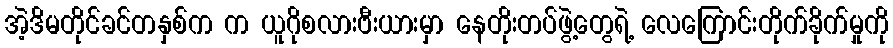
အဲ့ဒိမတိုင်ခင်တနှစ်က က ယူဂိုစလားဗီးယားမှာ နေတိုးတပ်ဖွဲ့တွေရဲ့ လေကြောင်းတိုက်ခိုက်မှုကို